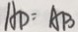
A D = A B